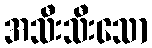
အသီးသီးသော